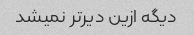
دیگه ازین دیرتر نمیشد